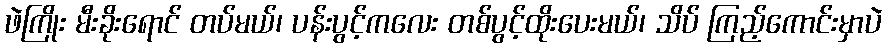
ဖဲကြိုး မီးခိုးရောင် တပ်မယ်၊ ပန်းပွင့်ကလေး တစ်ပွင့်ထိုးပေးမယ်၊ သိပ် ကြည့်ကောင်းမှာပဲ